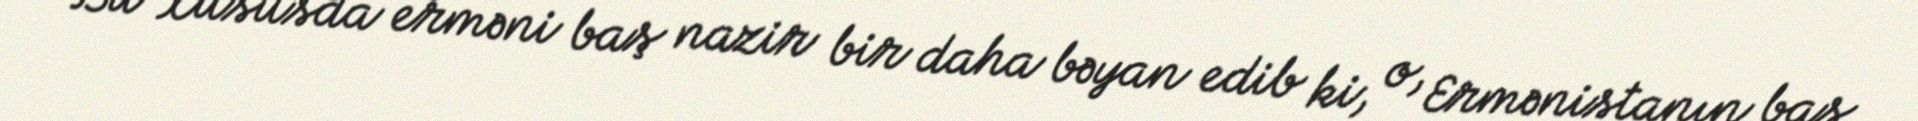
Bu xüsusda erməni baş nazir bir daha bəyan edib ki, o, Ermənistanın baş